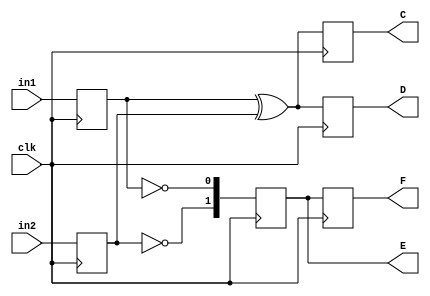
module fluid_example (
  input wire in1,
  input wire in2,
  input clk,
  output reg C, 
  output reg D,
  output reg [1:0] E,
  output reg [1:0] F  
);
reg A, B;

always @ (posedge clk) begin
  A <= in1;
  B <= in2;
  C <= A ^ B;
  D <= A ^ B;
  E[0] <= ~A;
  E[1] <= ~B;
  F <= E;
end
endmodule